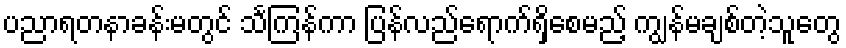
ပညာရတနာခန်းမတွင် သင်္ကြန်ကာ ပြန်လည်ရောက်ရှိစေမည့် ကျွန်မချစ်တဲ့သူတွေ